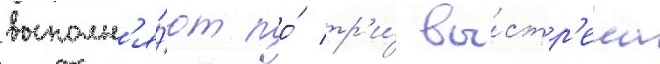
выполн'я́ют по́ тр'и́ вы́стр'ела